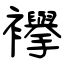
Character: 襷